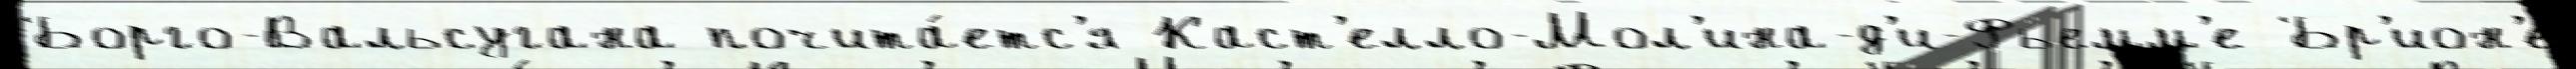
Борго-Вальсугана почита́етс'я Каст'елло-Мол'ина-д'и-Фьемм'е Бр'ион'е